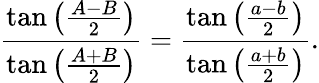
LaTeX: {\frac{\tan\left({\frac{A-B}{2}}\right)}{\tan\left({\frac{A+B}{2}}\right)}}={\frac{\tan\left({\frac{a-b}{2}}\right)}{\tan\left({\frac{a+b}{2}}\right)}}.